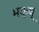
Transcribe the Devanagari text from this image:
भक्ष्